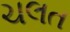
ચલત